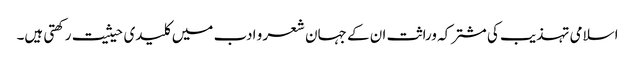
اسلامی تہذیب کی مشترکہ وراثت ان کے جہان شعر و ادب میں کلیدی حیثیت رکھتی ہیں۔